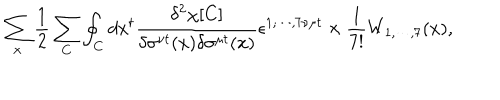
\sum _ { x } \frac { 1 } { 2 } \sum _ { C } \oint _ { C } d x ^ { t } \frac { \delta ^ { 2 } \chi [ C ] } { \delta \sigma ^ { \nu t } ( x ) \delta \sigma ^ { \mu t } ( x ) } \epsilon ^ { 1 , \cdots , 7 \nu \mu t } \times \frac { 1 } { 7 ! } W _ { 1 , \cdots , 7 } ( x ) ,